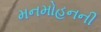
મનમોહનની